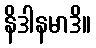
နိဒါနမာဒိ။